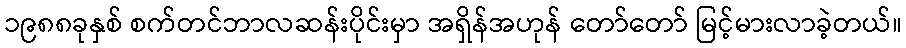
၁၉၈၈ခုနှစ် စက်တင်ဘာလဆန်းပိုင်းမှာ အရှိန်အဟုန် တော်တော် မြင့်မားလာခဲ့တယ်။